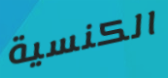
الكنسية